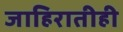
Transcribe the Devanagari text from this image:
जाहिरातीही